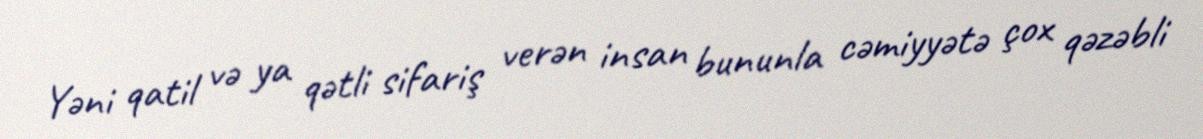
Yəni qatil və ya qətli sifariş verən insan bununla cəmiyyətə çox qəzəbli